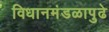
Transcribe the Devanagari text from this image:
विधानमंडळापुढे